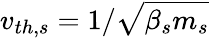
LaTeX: v_{th,s}=1/\sqrt{\beta_{s}m_{s}}